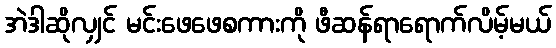
အဲဒါဆိုလျှင် မင်းဖေဖေစကားကို ဖီဆန်ရာရောက်လိမ့်မယ်